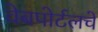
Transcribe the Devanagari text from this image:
वेबपोर्टलचे